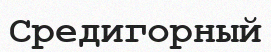
Средигорный